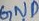
Text: GND